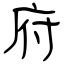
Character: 府